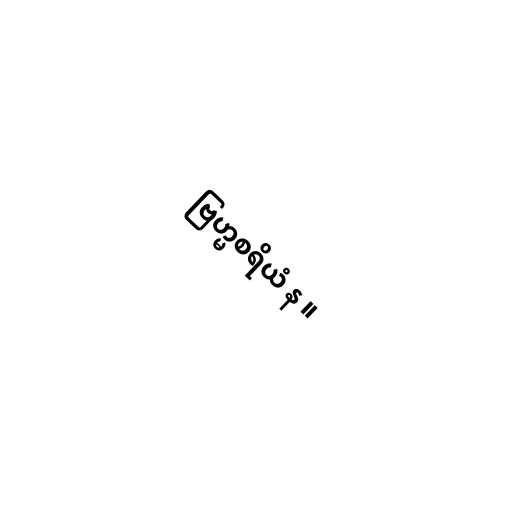
ဗြဟ္မစရိယံ န ။